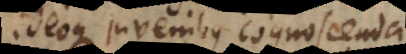
ideoque juvenibus cognoscenda